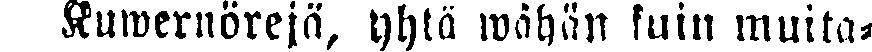
Kuwernörejä, yhtä wähän kuin muita-